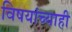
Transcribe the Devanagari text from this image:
विषयांच्याही